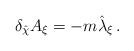
LaTeX: \begin{align*}\delta_{\hat{\chi}}A_{\xi} = -m\hat{\lambda}_{\xi}\, .\end{align*}